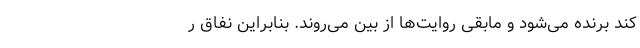
کند برنده می‌شود و مابقی روایت‌ها از بین می‌روند. بنابراین نفاق ر